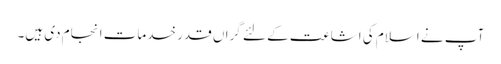
آپ نے اسلام کی اشاعت کے لئے گراں قدر خدمات انجام دی ہیں۔